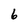
Character: 6